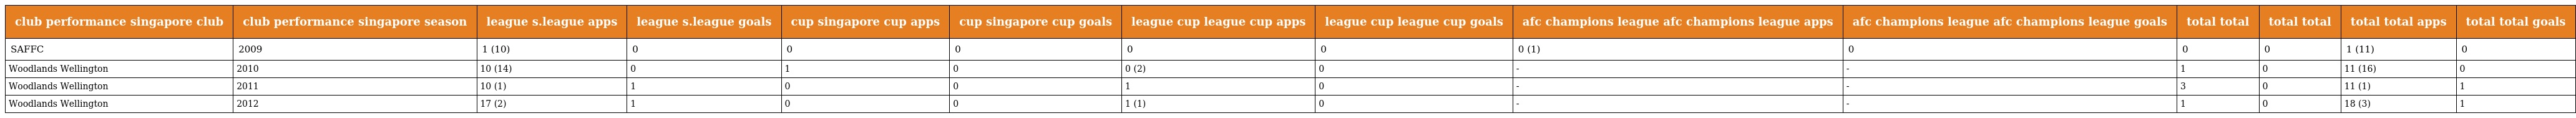
| club performance singapore club | club performance singapore season | league s.league apps | league s.league goals | cup singapore cup apps | cup singapore cup goals | league cup league cup apps | league cup league cup goals | afc champions league afc champions league apps | afc champions league afc champions league goals | total total | total total | total total apps | total total goals |
 | --- | --- | --- | --- | --- | --- | --- | --- | --- | --- | --- | --- | --- | --- |
 | SAFFC | 2009 | 1 (10) | 0 | 0 | 0 | 0 | 0 | 0 (1) | 0 | 0 | 0 | 1 (11) | 0 |
 | Woodlands Wellington | 2010 | 10 (14) | 0 | 1 | 0 | 0 (2) | 0 | - | - | 1 | 0 | 11 (16) | 0 |
 | Woodlands Wellington | 2011 | 10 (1) | 1 | 0 | 0 | 1 | 0 | - | - | 3 | 0 | 11 (1) | 1 |
 | Woodlands Wellington | 2012 | 17 (2) | 1 | 0 | 0 | 1 (1) | 0 | - | - | 1 | 0 | 18 (3) | 1 |